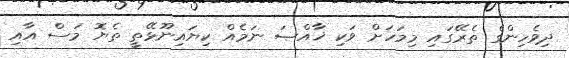
ދިވެހިންގެ ތެރޭގައި މިމަހަށް ވަކި ޚާއްޞަ ނަމެއް ކިޔައިނޫޅޭތީ ތެޔޮ މަސް އާއި